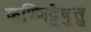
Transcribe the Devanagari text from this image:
कण्णिट्टेषु़त्तु